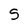
Character: S